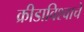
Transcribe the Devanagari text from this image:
क्रीडाविश्वाचे